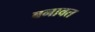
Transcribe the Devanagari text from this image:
बनावत